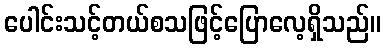
ပေါင်းသင့်တယ်စသဖြင့်ပြောလေ့ရှိသည်။